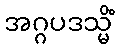
အဂ္ဂပဒသ္မိံ